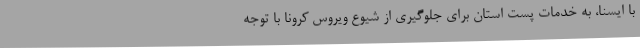
با ایسنا، به خدمات پست استان برای جلوگیری از شیوع ویروس کرونا با توجه